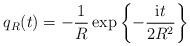
LaTeX: \begin{align*}q_{R}(t)=-\frac{1}{R}\exp \left\{ -\frac{{\rm i}t}{2R^2} \right\}\end{align*}